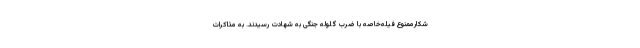
شکارممنوع فیله‌خاصه با ضرب گلوله جنگی به شهادت رسیدند. به مذاکرات